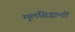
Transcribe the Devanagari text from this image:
मूलसिद्धान्‍तों